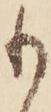
も